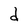
Character: d